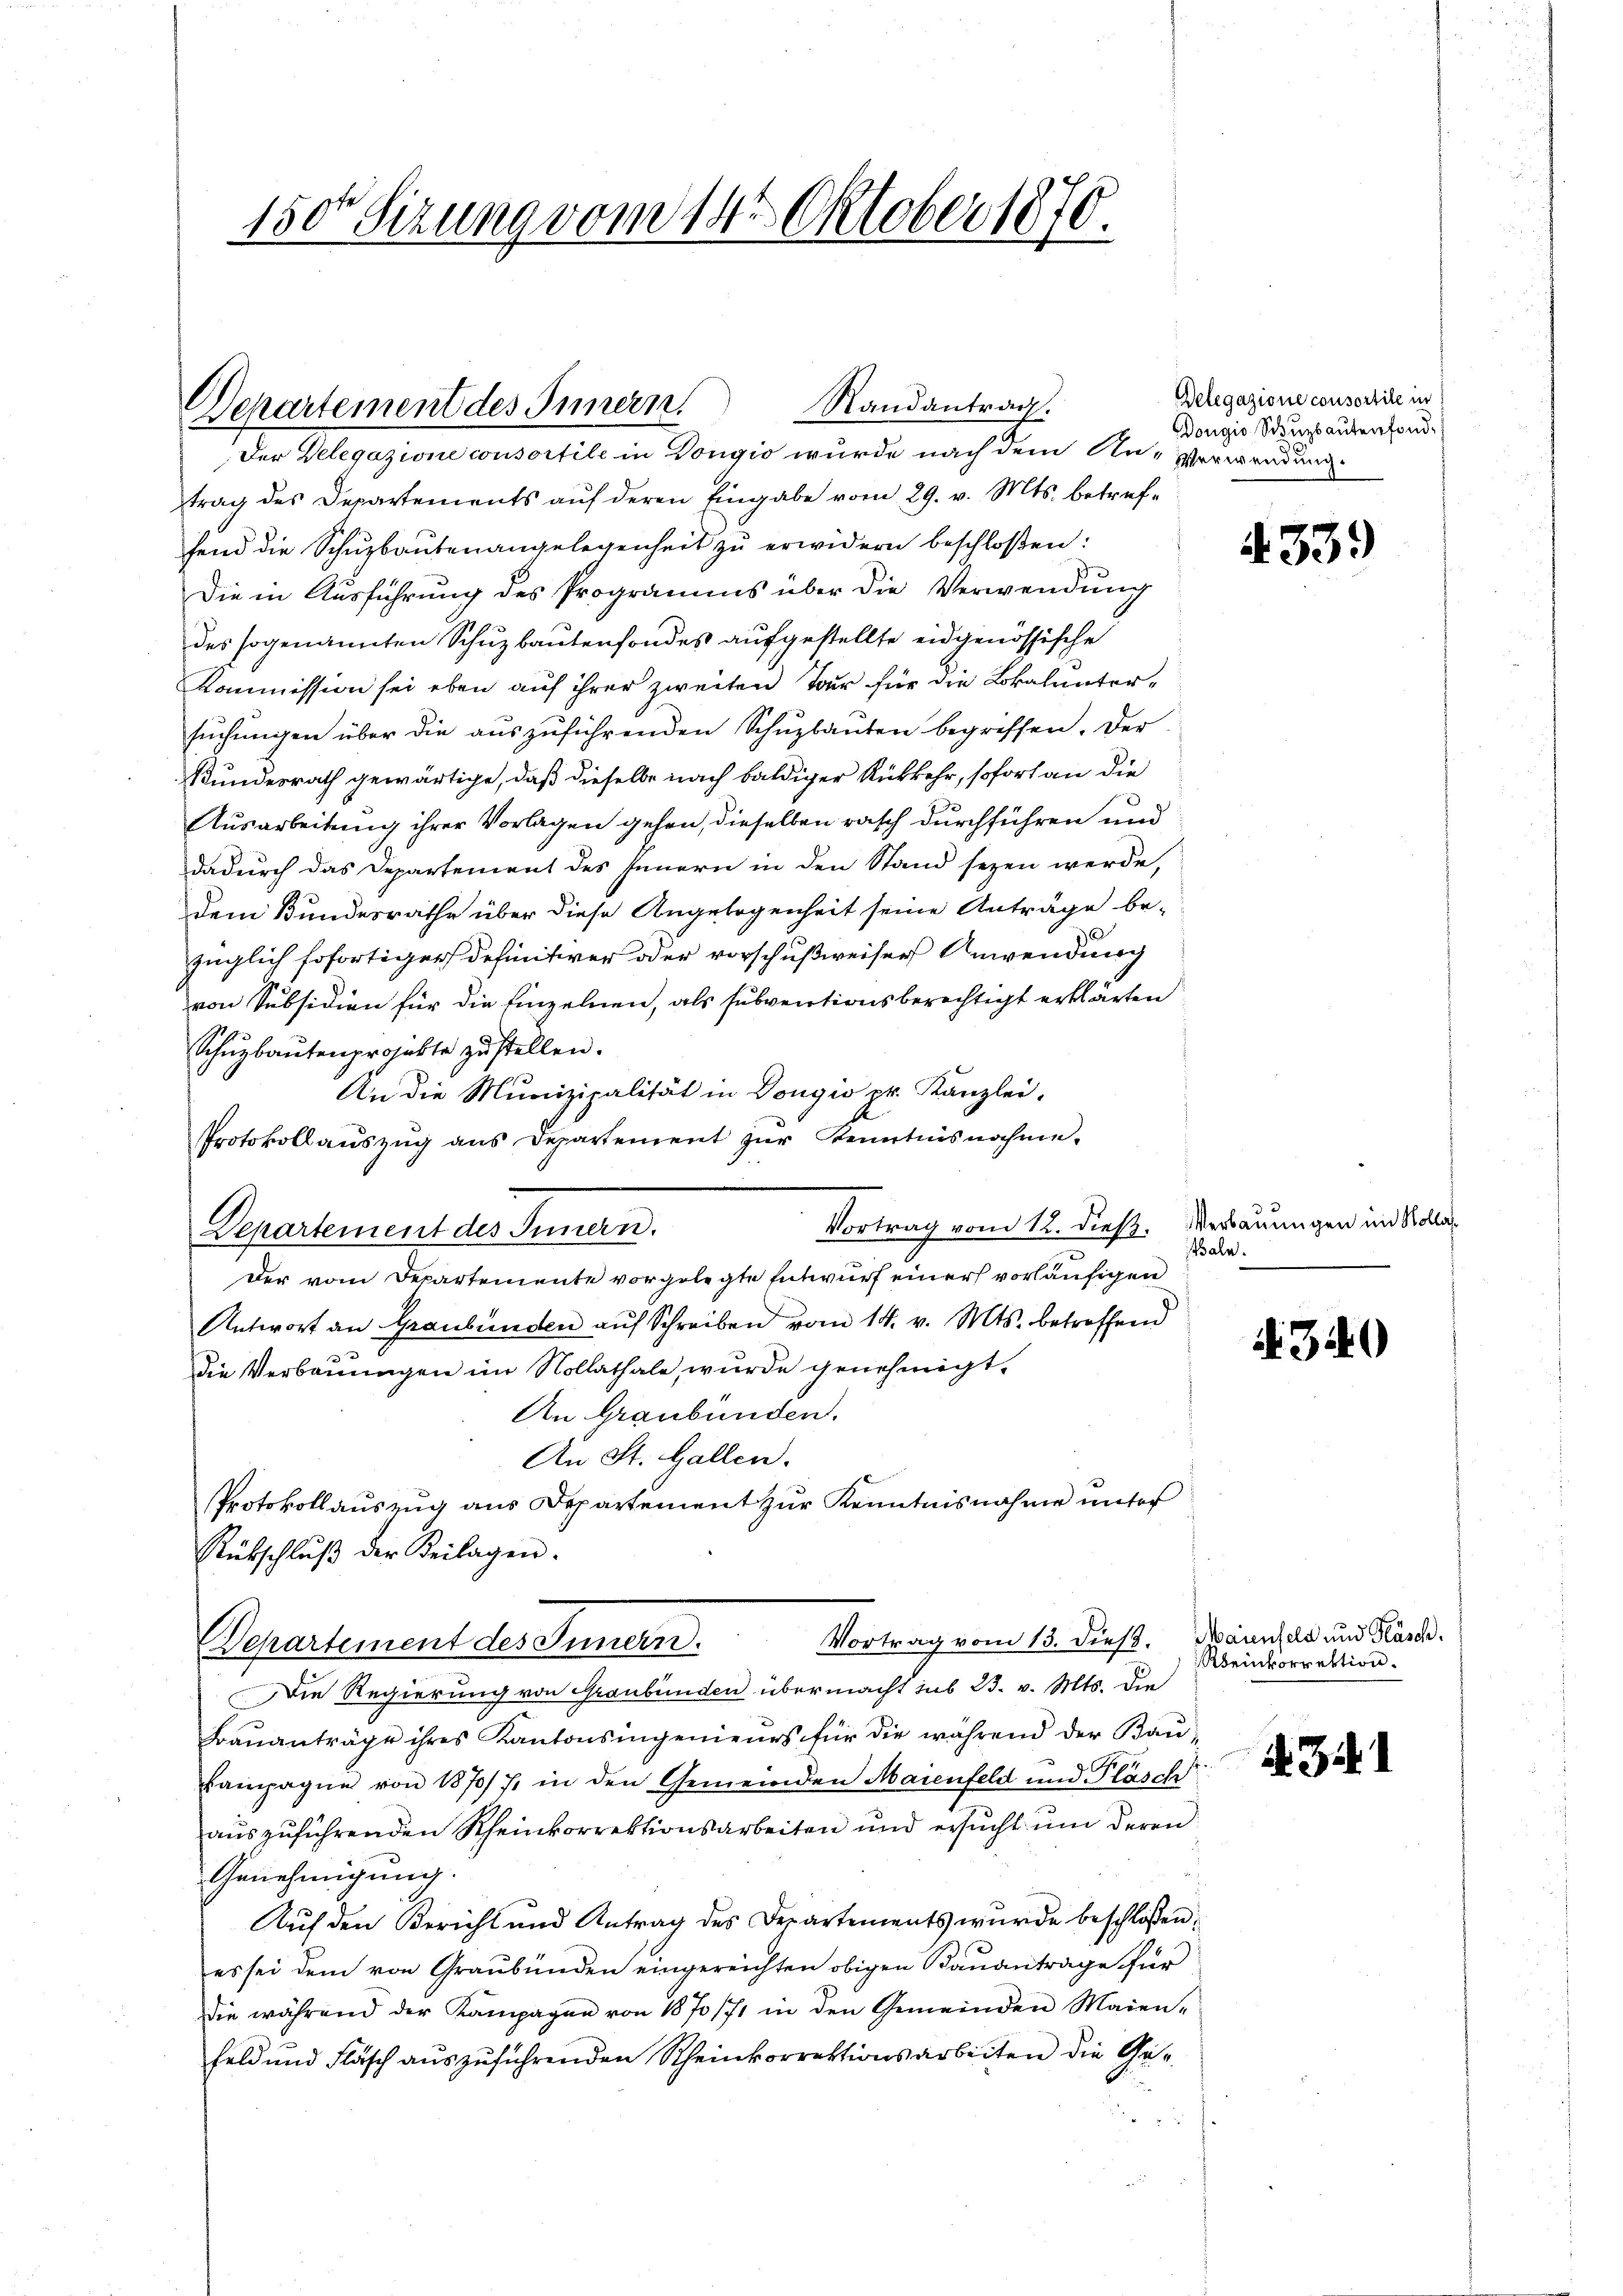
Departement des Innern. Randantrag.
Der Delegazione consortile in Dongio wurde nach dem An-Verwendung

trag des Departements auf deren Eingabe vom 29. v. Mts. betreffend die Schŭzbautenangelegenheit zŭ erwidern beschloßen:
Die in Ausführung des Programms über die Verwendung
des sogenannten Schuzbautenfondes aufgestellte eidgenössische
Kommission sei eben auf ihrer zweiten Tour für die Lokaluntersŭchŭngen über die aŭszŭführenden Schŭzbauten begreffen. Der
Bundesrath gewärtige, daß dieselbe nach baldiger Rükkehr, sofort an die
Ausarbeitung ihrer Vorlagen gehen, dieselben rasch durchführen und
dadurch das Departement des Innern in den Stand sezen werde,
dem Bundesrathe über diese Angelegenheit seine Anträge bezüglich sofortiger definitiver oder vorschußweiser Anwendung
von Subsidien für die Einzelnen, als subventionsberechtigt erklärten
Schuzbautenprojekte zustellen.
An die Munizipalität in Dougio pr. Kanzlei-
Protokollaŭszŭg ans Departement zŭr Kenntnisnahme.
Vortrag vom 12. dieß.
Departement des Innern.
Der vom Departemente vorgelegte Entwurf einer vorläufigen
Antwort an Graubünden aŭf Schreiben vom 14. v. Mts. betreffend
Die Verbauungen im Kollathale, wurde genehmigt.
An Graubünden.
An St. Gallen.
Protokollauszug aus Departement zur Kenntnisnahme unter
Rückschlŭβ der Beilagen.
Vortrag vom 13. dies. Maienfeld und Fläsch.
Departement des Innern.
Die Regierung von Graubünden übermacht sub 23. v. Mts. die
Bauanträge ihres Kantonsingenieurs für die während der Bau¬
Lampagne von 1870/7. in den Gemeinden Maienfeld und Pläsch
auszuführenden Rheinkorrektionsarbeiten und ersucht und deren
Genehmigung.
Auf den Bericht und Antrag des Departements wurde beschlossen:
es sei dem von Graubünden eingereichten obigen Bauantrage für
die während der Kampagen von 1870/71 in den Gemeinden Maien-
Feld und Fläsch auszuführenden Rheinkorrektionsarbeiten die Ge¬

150te Sitzung vom 14. Oktober 1870.

Delegazione consortire in
Dorgio Schuzbaŭtenfond.

. 539

Verbauungen im Kollassale.

N 340

Reinkorrektion.

. 341